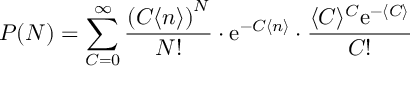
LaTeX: P ( N ) = \sum _ { C = 0 } ^ { \infty } \frac { \left( C \langle n \rangle \right) ^ { N } } { N ! } \cdot \mathrm { e } ^ { - C \langle n \rangle } \cdot \frac { \langle C \rangle ^ { C } \mathrm { e } ^ { - \langle C \rangle } } { C ! }